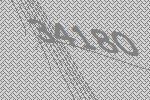
34180